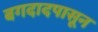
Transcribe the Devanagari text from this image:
बगदादपासून